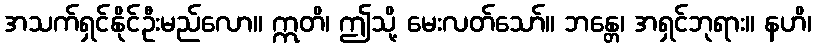
အသက်ရှင်နိုင်ဦးမည်လော။ ဣတိ၊ ဤသို့ မေးလတ်သော်။ ဘန္တေ၊ အရှင်ဘုရား။ နဟိ၊